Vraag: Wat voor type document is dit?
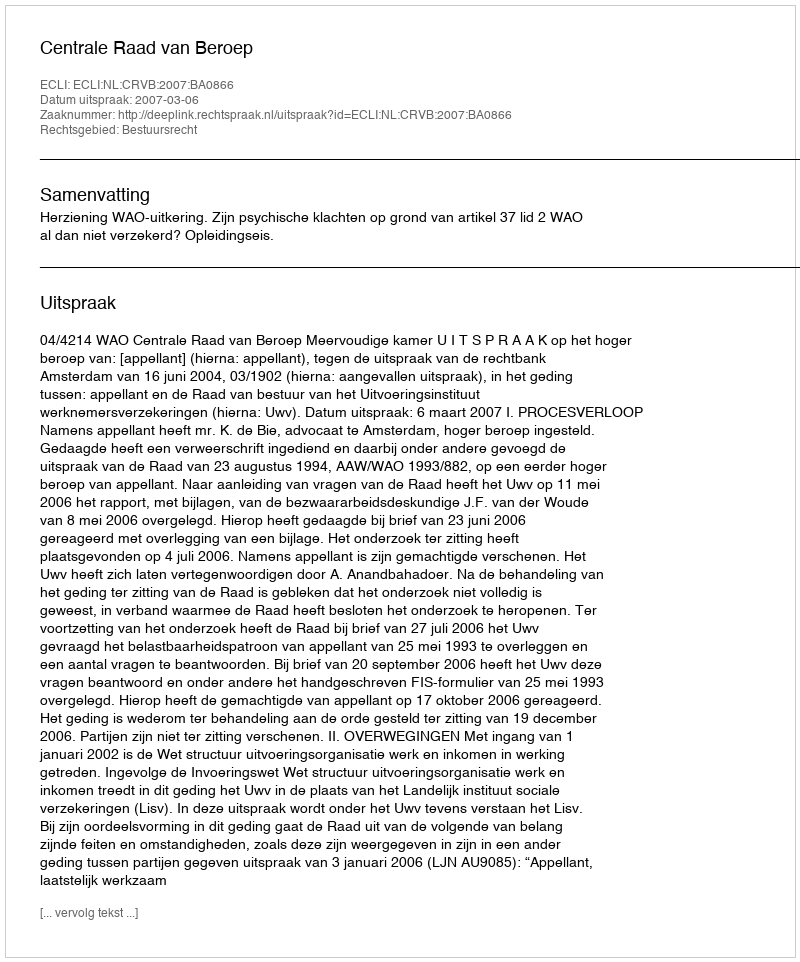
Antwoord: Uitspraak